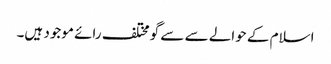
اسلام کے حوالے سے سے گو مختلف رائے موجود ہیں۔